Lunatic asylums United Provinces 1899-1908 - 1899-1908
Year: 1899
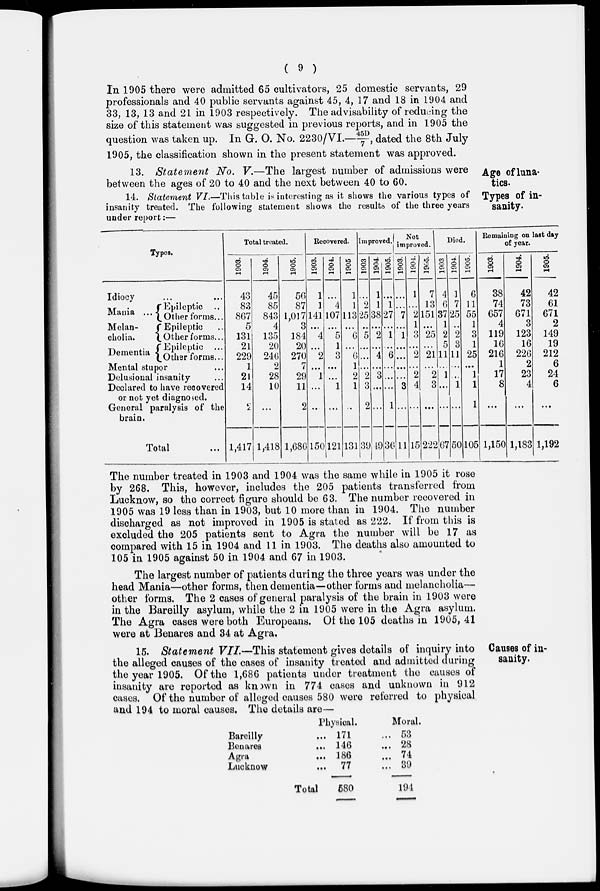
( 9 )
In 1905 there were admitted 65 cultivators, 25 domestic servants, 29
professionals and 40 public servants against 45, 4, 17 and 18 in 1904 and
33, 13, 13 and 21 in 1903 respectively. The advisability of reducing the
size of this statement was suggested in previous reports, and in 1905 the
question was taken up. In G. O. No. 2230/VI.—45D/7, dated the 8th July
1905, the classification shown in the present statement was approved.
Age of luna-
tics.
13. Statement No. V.—The largest number of admissions were
between the ages of 20 to 40 and the next between 40 to 60.
Types of in-
sanity.
14. Statement VI.—This table is interesting as it shows the various types of
insanity treated. The following statement shows the results of the three years
under report :—
Types.
Idiocy ... ...
Mania ...
Melan-
cholia.
Dementia
Epileptic ...
Other forms ...
Epileptic ...
Other forms ...
Epileptic ...
Other forms ...
Mental stupor ...
Delusional insanity ...
Declared to have recovered
or not yet diagnosed.
General paralysis of the
brain.
Total ...
Total Treated.
1903.
43
83
867
5
131
21
229
1
21
14
2
1,417
1904.
45
85
843
4
135
20
246
2
28
10
...
1,418
1905.
56
87
1,017
3
184
20
270
7
29
11
2
1,686
Recovered.
1903.
1
1
141
...
4
...
2
...
1
...
...
150
1904.
...
4
107
...
5
1
3
...
...
1
...
121
1905.
1
1
113
...
6
...
6
1
2
1
...
131
Improved.
1903.
...
2
25
...
5
...
...
...
2
3
2
39
1904.
1
1
38
...
2
...
4
...
3
...
...
49
1905.
...
1
27
...
1
...
6
...
...
...
1
36
Not
improved.
1903.
...
...
7
...
1
...
...
...
...
3
...
11
1904.
1
...
2
1
3
...
2
...
2
4
...
15
1905.
7
13
151
...
25
...
21
...
2
3
...
222
Died.
1903.
4
6
37
1
2
5
11
...
1
...
...
67
1904.
1
7
25
...
2
3
11
...
...
1
...
50
1905.
6
11
55
1
3
1
25
...
1
1
1
105
Remaining on last day
of year.
1903.
38
74
657
4
119
16
216
1
17
8
...
1,150
1904.
42
73
671
3
123
16
226
2
23
4
...
1,183
1905.
42
61
671
2
149
19
212
6
24
6
...
1,192
The number treated in 1903 and 1904 was the same while in 1905 it rose
by 268. This, however, includes the 205 patients transferred from
Lucknow, so the correct figure should be 63. The number recovered in
1905 was 19 less than in 1903, but 10 more than in 1904. The number
discharged as not improved in 1905 is stated as 222. If from this is
excluded the 205 patients sent to Agra the number will be 17 as
compared with 15 in 1904 and 11 in 1903. The deaths also amounted to
105 in 1905 against 50 in 1904 and 67 in 1903.
The largest number of patients during the three years was under the
head Mania—other forms, then dementia—other forms and melancholia—
other forms. The 2 cases of general paralysis of the brain in 1903 were
in the Bareilly asylum, while the 2 in 1905 were in the Agra asylum.
The Agra cases were both Europeans. Of the 105 deaths in 1905, 41
were at Benares and 34 at Agra.
Causes of in-
sanity.
15. Statement VII.—This statement gives details of inquiry into
the alleged causes of the cases of insanity treated and admitted during
the year 1905. Of the 1,686 patients under treatment the causes of
insanity are reported as known in 774 cases and unknown in 912
cases. Of the number of alleged causes 580 were referred to physical
and 194 to moral causes. The details are—
Bareilly ...
Benares ...
Agra ...
Lucknow ...
Total
Physical.
171
146
186
77
580
Moral.
... 53
... 28
... 74
... 39
194